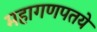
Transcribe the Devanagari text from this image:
महागणपतये